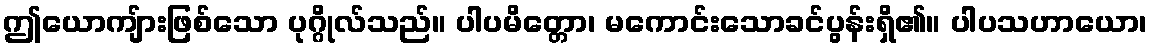
ဤယောကျ်ားဖြစ်သော ပုဂ္ဂိုလ်သည်။ ပါပမိတ္တော၊ မကောင်းသောခင်ပွန်းရှိ၏။ ပါပသဟာယော၊